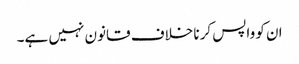
ان کو واپس کرنا خلاف قانون نہیں ہے۔